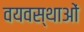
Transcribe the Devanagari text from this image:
वयवस्थाओं